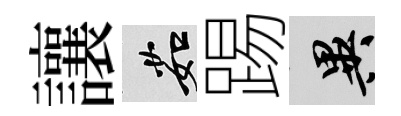
讓茹踢异